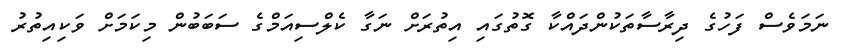
ނަމަވެސް ފަހުގެ ދިރާސާތަކުންދައްކާ ގޮތުގައި އިތުރަށް ނަގާ ކެލްސިއަމްގެ ސަބަބުން މިކަމަށް ވަކިއިތުރު